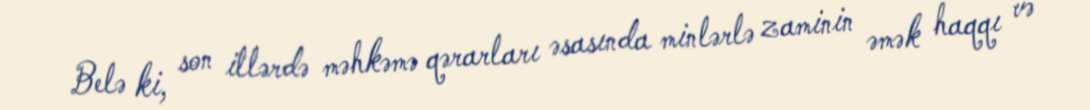
Belə ki, son illərdə məhkəmə qərarları əsasında minlərlə zaminin əmək haqqı və